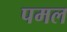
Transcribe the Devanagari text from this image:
पमल